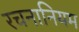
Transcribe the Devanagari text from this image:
रचनानियम